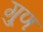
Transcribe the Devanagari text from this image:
गु्ण